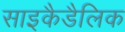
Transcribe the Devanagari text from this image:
साइकैडैलिक